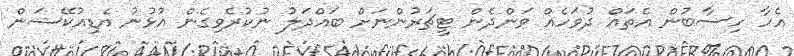
އެހާ ހިސާބުން އެތައް ދުވަހެއް ވަންދެން ޓީޗަރުންނަށް ބައްދަލު ނުކުރެވިގެން އުޅުނު އެޑިއުކޭޝަން